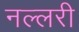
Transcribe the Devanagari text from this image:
नल्लरी